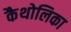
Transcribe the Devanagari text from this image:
कैथोलिका